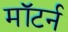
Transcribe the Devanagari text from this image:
मॉटर्न